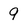
Character: 9